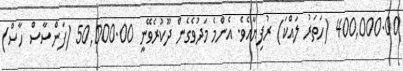
400